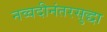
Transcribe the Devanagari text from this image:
नव्वदीनंतरसुद्धा